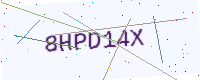
Text: 8HPD14X